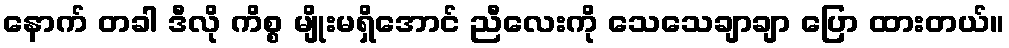
နောက် တခါ ဒီလို ကိစ္စ မျိုးမရှိအောင် ညီလေးကို သေသေချာချာ ပြော ထားတယ်။